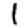
Digit: 1